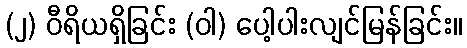
(၂) ဝီရိယရှိခြင်း (ဝါ) ပေါ့ပါးလျင်မြန်ခြင်း။